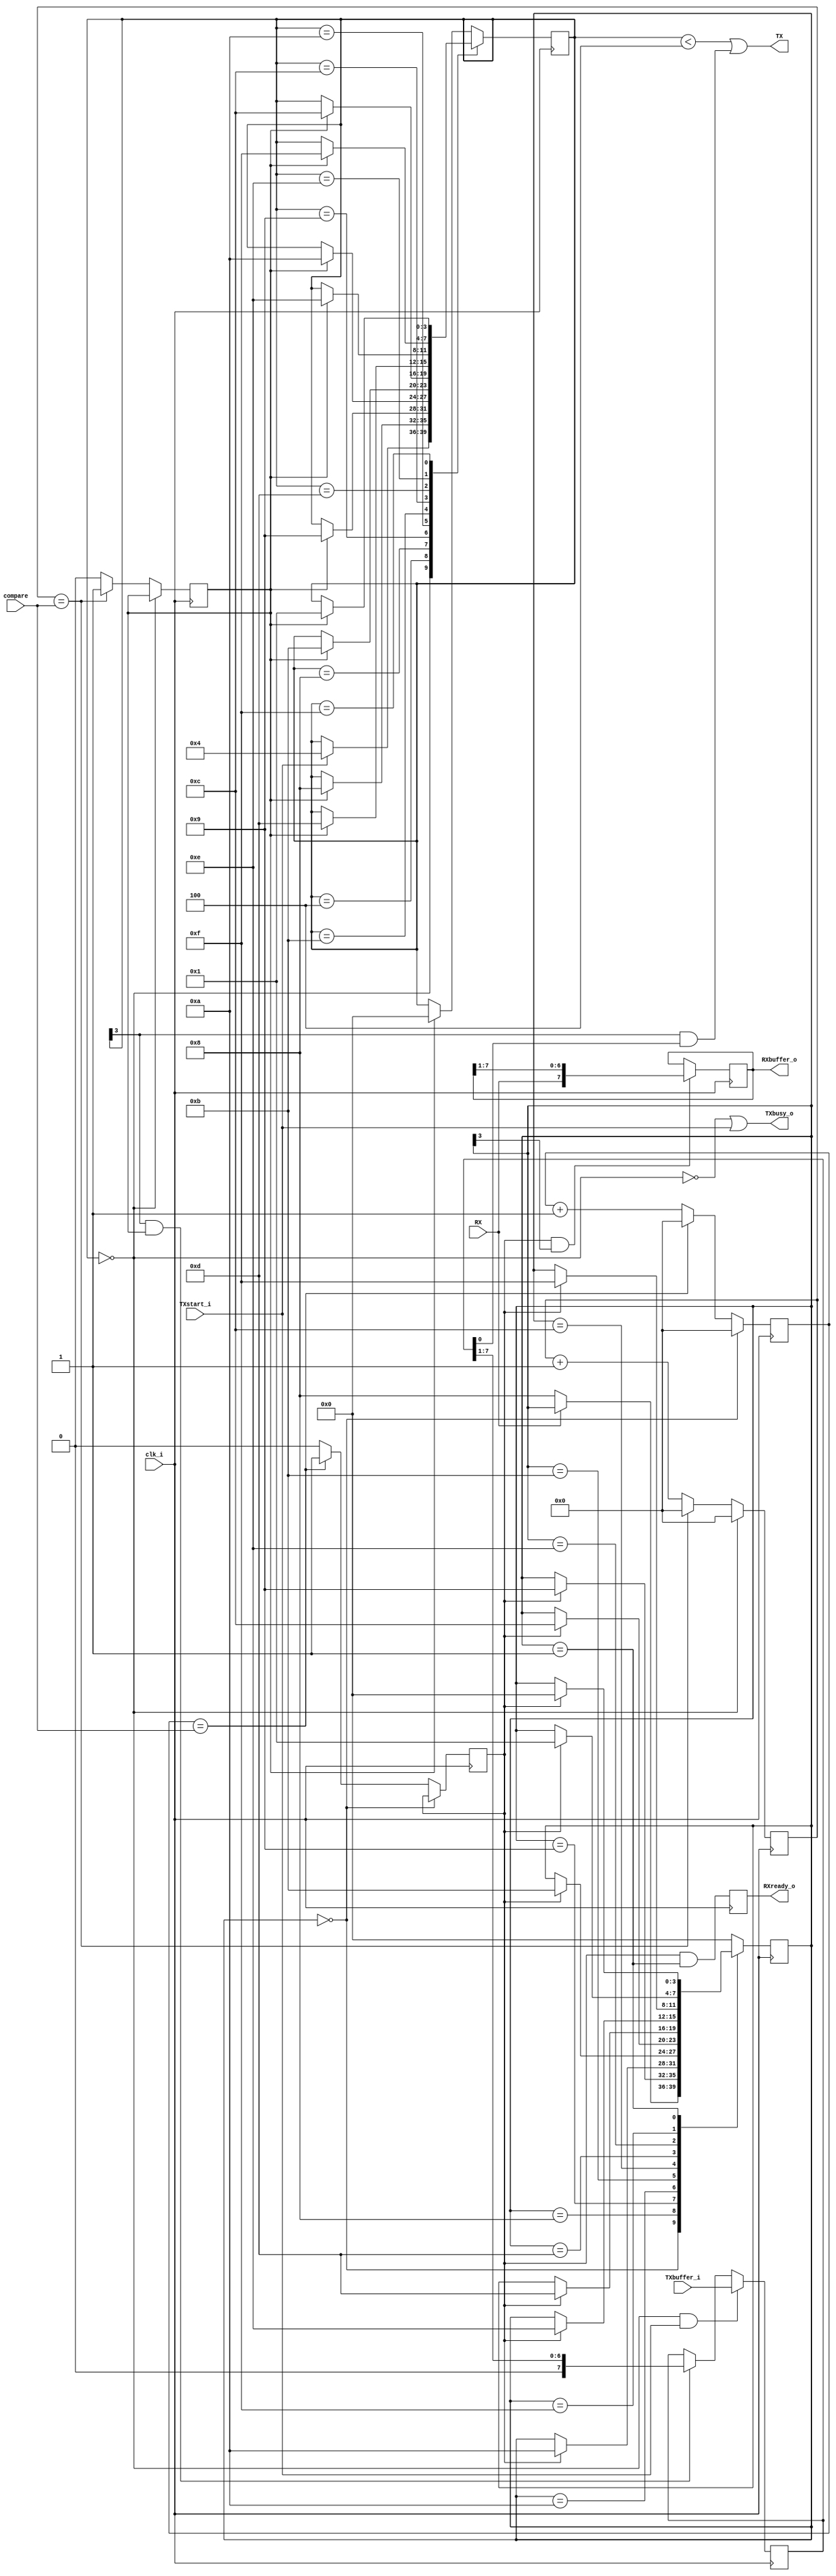
`ifndef UART_GUARD
`define UART_GUARD
// 8 data bits, 1 stop bit, no parity

module uart (
    input wire clk_i,
    input wire RX,
    input wire [7:0] TXbuffer_i,
    input wire TXstart_i,

    output wire TX,
    output reg [7:0] RXbuffer_o = 0,
    output reg RXready_o = 0,
    output wire TXbusy_o,

    input wire [15:0] compare
  );

  reg [15:0] tx_acc = 0;
  reg tx_tick = 0;

  // TRANSMITTER

  reg [3:0] TXstate = 0;
  wire TXready = (TXstate==0);
  assign TXbusy_o = ~TXready | TXstart_i;

  reg [7:0] TXshift = 0;

  always @(posedge clk_i) begin

    if(TXready & TXstart_i) TXshift <= TXbuffer_i;
    else if(TXstate[3] & tx_tick) TXshift <= (TXshift >> 1);

    if (TXstate == 4'b0000) tx_acc <= 0;
    else begin
      if (tx_acc == compare) begin
        tx_tick <= 1'b1;
        tx_acc <= 0;
      end else begin
        tx_tick <= 0;
        tx_acc <= tx_acc + 1'b1;
      end
    end

    case(TXstate)
      4'b0000: if(TXstart_i) TXstate <= 4'b0100;
      4'b0100: if(tx_tick) TXstate <= 4'b1000; // start bit
      4'b1000: if(tx_tick) TXstate <= 4'b1001; // bit 0
      4'b1001: if(tx_tick) TXstate <= 4'b1010; // bit 1
      4'b1010: if(tx_tick) TXstate <= 4'b1011; // bit 2
      4'b1011: if(tx_tick) TXstate <= 4'b1100; // bit 3
      4'b1100: if(tx_tick) TXstate <= 4'b1101; // bit 4
      4'b1101: if(tx_tick) TXstate <= 4'b1110; // bit 5
      4'b1110: if(tx_tick) TXstate <= 4'b1111; // bit 6
      4'b1111: if(tx_tick) TXstate <= 4'b0001; // bit 7
      4'b0001: if(tx_tick) TXstate <= 4'b0000; // stop bit
      default: if(tx_tick) TXstate <= 4'b0000;
    endcase
  end

  assign TX = (TXstate < 4) | (TXstate[3] & TXshift[0]);

  // RECIEVER

  reg [3:0] RXstate = 0;
  reg [15:0] rx_acc = 0;
  reg rx_tick = 0;

  always @(posedge clk_i) begin

    case (RXstate)
      4'b0000: if (~RX) RXstate <= 4'b1000;     // start bit found
      4'b1000: if (rx_tick) RXstate <= 4'b1001; // bit 0
      4'b1001: if (rx_tick) RXstate <= 4'b1010; // bit 1
      4'b1010: if (rx_tick) RXstate <= 4'b1011; // bit 2
      4'b1011: if (rx_tick) RXstate <= 4'b1100; // bit 3
      4'b1100: if (rx_tick) RXstate <= 4'b1101; // bit 4
      4'b1101: if (rx_tick) RXstate <= 4'b1110; // bit 5
      4'b1110: if (rx_tick) RXstate <= 4'b1111; // bit 6
      4'b1111: if (rx_tick) RXstate <= 4'b0001; // bit 7
      4'b0001: if (rx_tick) RXstate <= 4'b0000; // stop bit
      default: RXstate <= 4'b0000;
    endcase

    if (RXstate == 4'b0000) rx_acc <= 0;
    else begin
      if (rx_acc == compare) begin
        rx_tick <= 1'b1;
        rx_acc <= 0;
      end else begin
        rx_tick <= 0;
        rx_acc <= rx_acc + 1'b1;
      end
    end

    if (rx_tick && RXstate[3]) RXbuffer_o <= {RX, RXbuffer_o[7:1]};
    RXready_o <= (rx_tick && RXstate == 4'b0001);
  end

endmodule
`endif // UART_GUARD